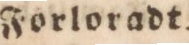
Forloradt.